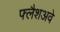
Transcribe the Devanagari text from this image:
फ्लैशअवे